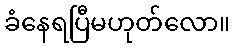
ခံနေရပြီမဟုတ်လော။